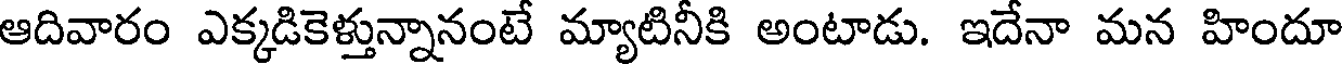
ఆదివారం ఎక్కడికెళ్తున్నానంటే మ్యాటినీకి అంటాడు. ఇదేనా మన హిందూ